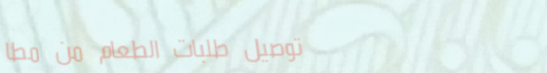
توصيل طلبات الطعام من مطا